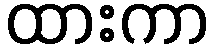
ထားကာ